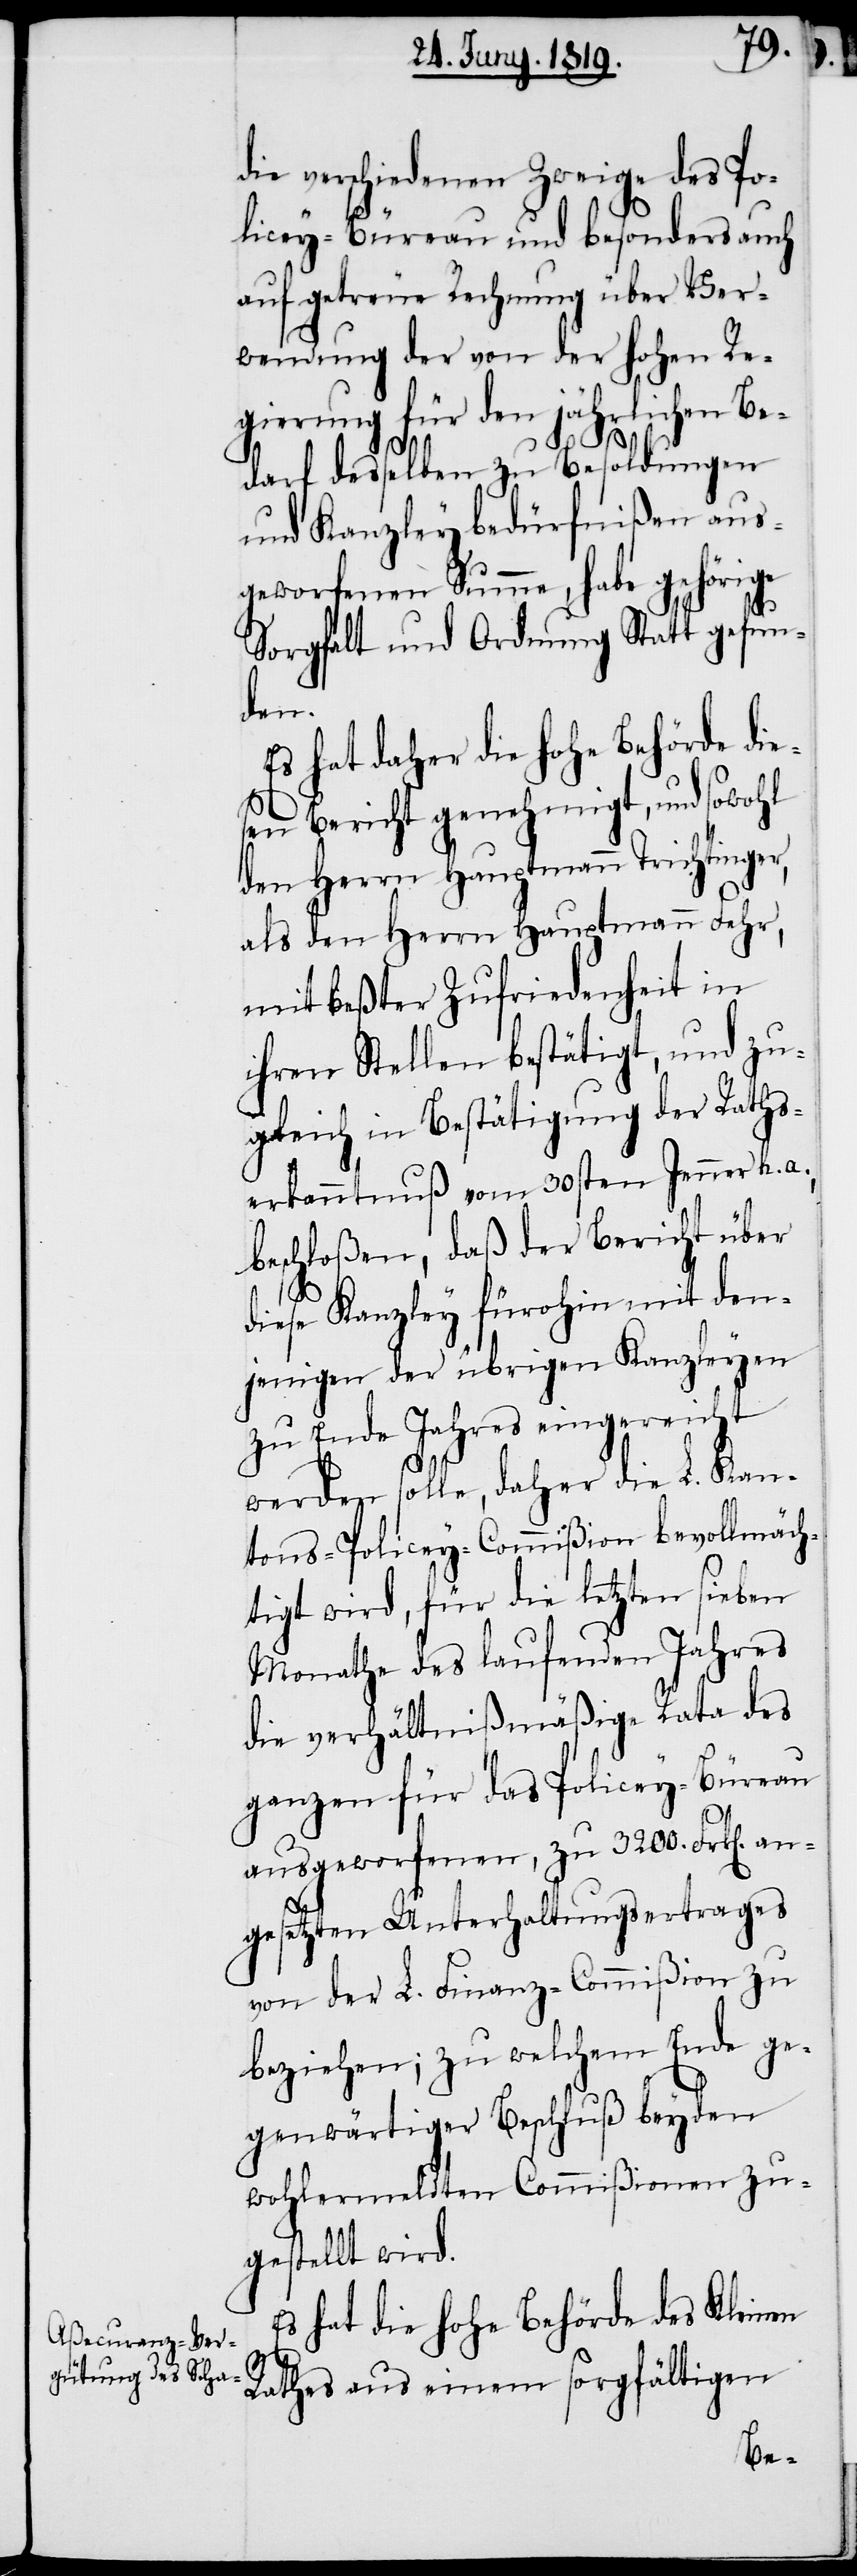
die verschiedenen Zweige des Po¬
licey-Büreau und besonders auch
auf getreue Rechnung über Ver¬
wendung der von der hohen Re¬
gierung für den jährlichen Be¬
darf desselben zu Besoldungen
und Kanzleybedürfnißen aus¬
geworfenen Summe, habe gehörige
Sorgfalt und Ordnung Statt gefun¬
den.
Es hat daher die hohe Behörde die¬
sen Bericht genehmigt, und sowohl
den Herrn Hauptmann Trichtinger,
als den Herrn Hauptmann Fehr,
mit beßter Zufriedenheit in
ihren Stellen bestätigt, und zu¬
gleich in Bestätigung der Raths¬
erkanntnuß vom 30sten Jenner h. a.,
beschloßen, daß der Bericht über
diese Kanzley fürohin und dem¬
jenigen der übrigen Kanzleyen
zu Ende Jahres eingereicht
werden solle, daher die L. Kan¬
tons-Policey-Commißion bevollmäch¬
tigt wird, für die letzten sieben
Monathe des laufenden Jahres
die verhältnißmäßige Rata des
ganzen für das Policey-Büreau
ausgeworfenen, zu 3200. Frk[en].
angesetzten Unterhaltungsertrages
von der L. Finanz-Commißion zu
beziehen; zu welchem Ende ge¬
genwärtiger Beschluß beyden
wohlermeldten Commißionen zu¬
gestellt wird.
Es hat die hohe Behörde des Kleinen
Rathes aus einem sorgfältigen